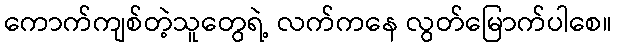
ကောက်ကျစ်တဲ့သူတွေရဲ့ လက်ကနေ လွတ်မြောက်ပါစေ။